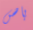
باص